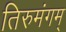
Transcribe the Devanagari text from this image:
तिरुमंगम्‌